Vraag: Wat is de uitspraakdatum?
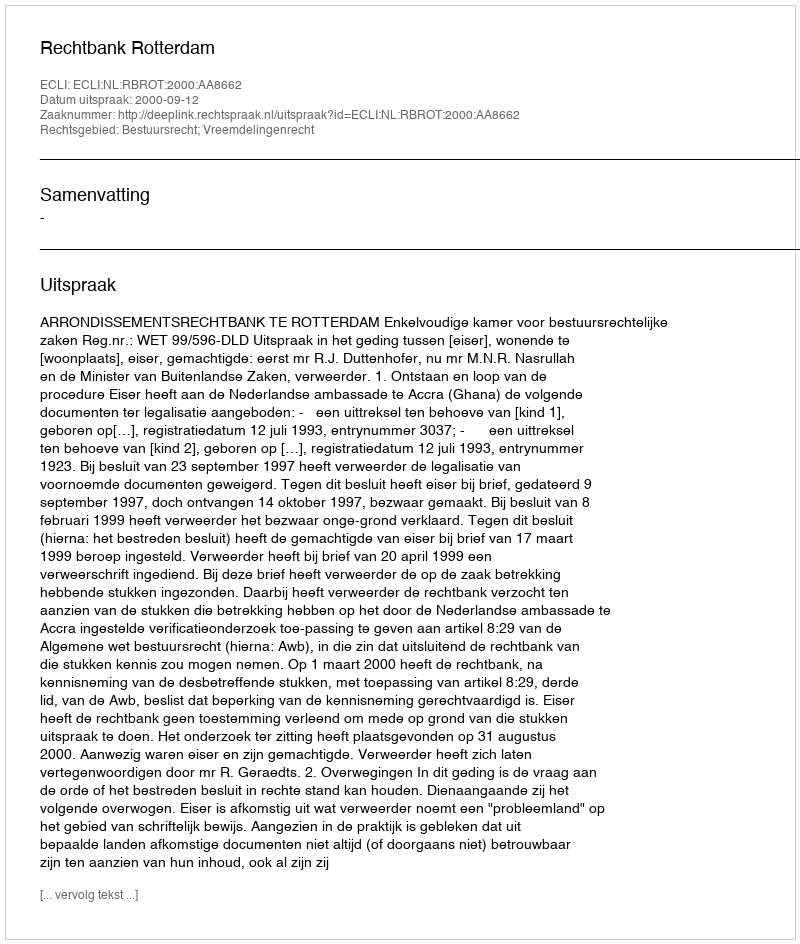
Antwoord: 2000-09-12